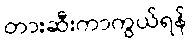
တားဆီးကာကွယ်ရန်